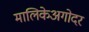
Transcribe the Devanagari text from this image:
मालिकेअगोदर